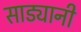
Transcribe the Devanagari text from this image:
साड्यानी